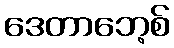
ဒေတာဘေ့စ်